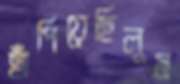
হাঁপিয়েছিলুম